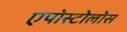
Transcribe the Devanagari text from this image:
एपोस्टोलोस